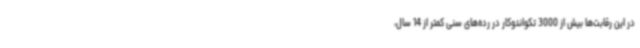
در این رقابت‌ها بیش از 3000 تکواندوکار در رده‌های سنی کمتر از 14 سال،